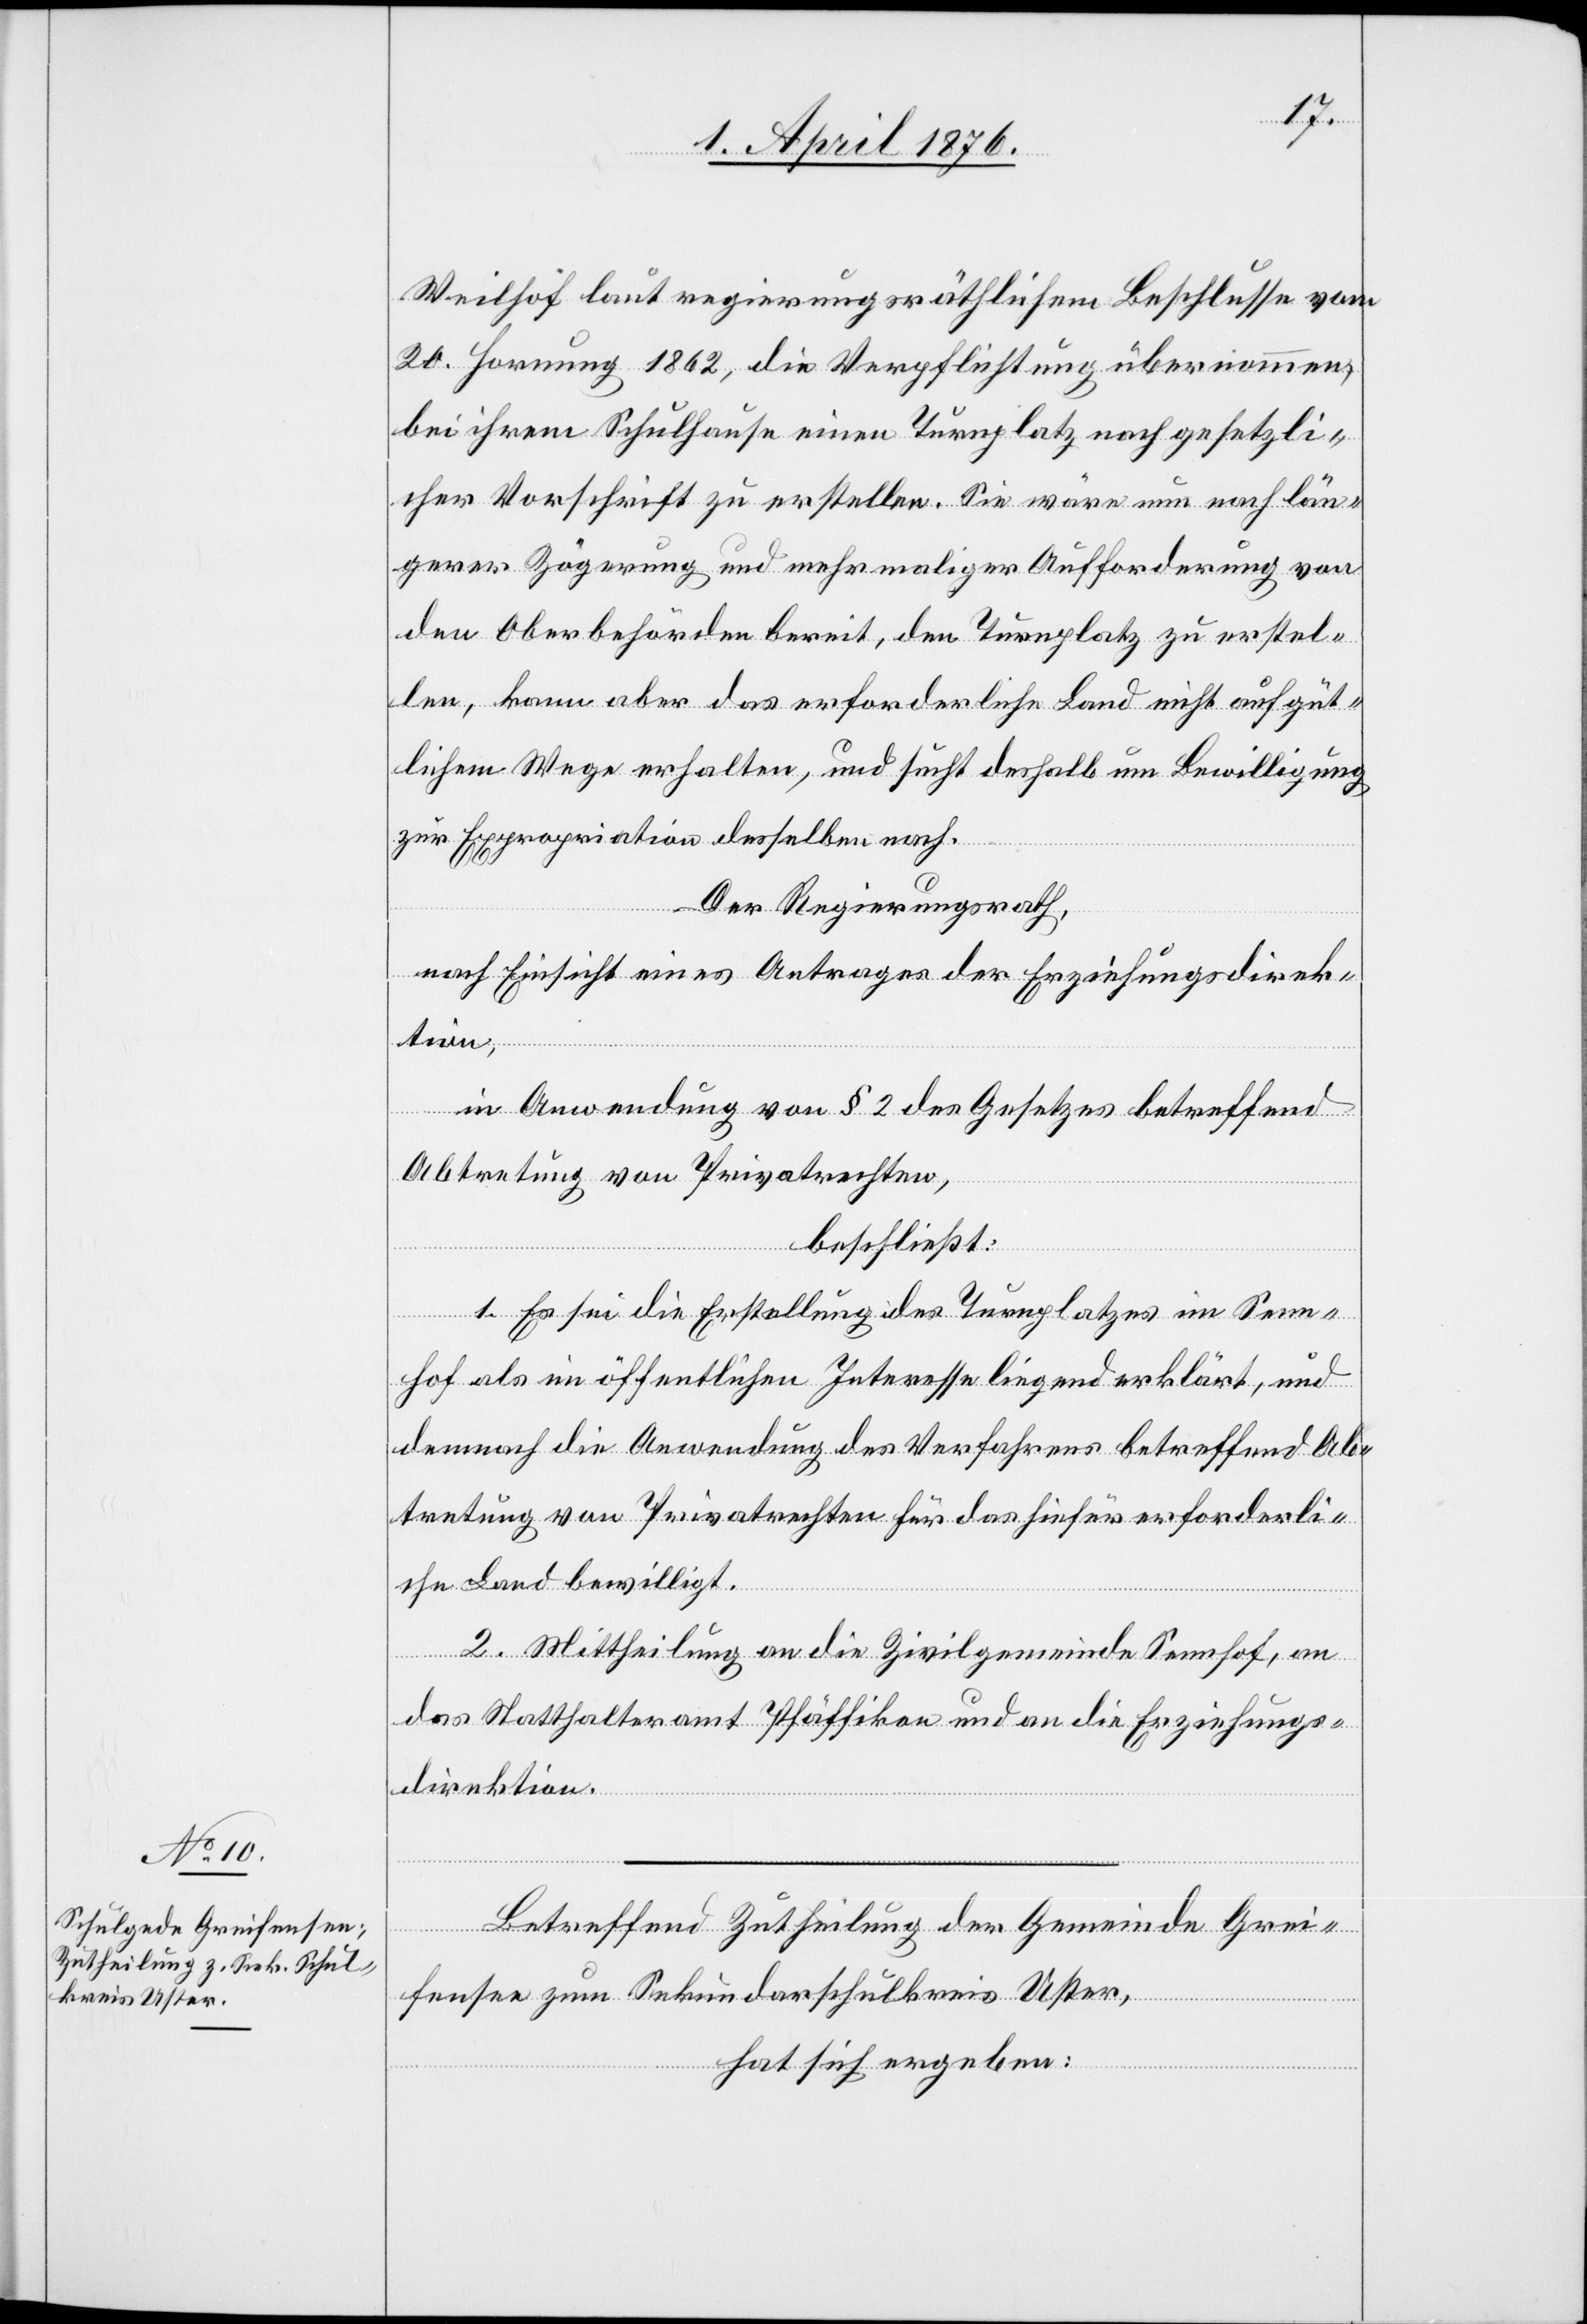
Weilhof laut regierungsräthlichem Beschlusse vom
20. Hornung 1862, die Verpflichtung übernommen,
bei ihrem Schulhause einen Turnplatz nach gesetzli¬
cher Vorschrift zu erstellen. Sie wäre nun nach län¬
gerer Zögerung und mehrmaliger Aufforderung von
den Oberbehörden bereit, den Turnplatz zu erstel¬
len, kann aber das erforderliche Land nicht auf güt¬
lichem Wege erhalten, und sucht deshalb um Bewilligung
zur Expropriation desselben nach.
Der Regierungsrath,
nach Einsicht eines Antrages der Erziehungsdirek¬
tion,
in Anwendung von § 2 des Gesetzes betreffend
Abtretung von Privatrechten,
beschließt:
1. Es sei die Erstellung des Turnplatzes im Senn¬
hof als im öffentlichen Interesse liegend erklärt, und
demnach die Anwendung des Verfahrens betreffend Ab¬
tretung von Privatrechten für das hiefür erforderli¬
che Land bewilligt.
2. Mittheilung an die Zivilgemeinde Sennhof, an
das Statthalteramt Pfäffikon und an die Erziehungs¬
direktion.
Betreffend Zutheilung der Gemeinde Grei¬
fensee zum Sekundarschulkreis Uster,
hat sich ergeben: